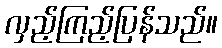
လှည့်ကြည့်ပြန်သည်။